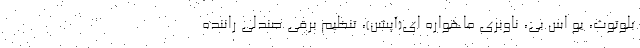
بلوتوث، یو اس بی، ناوبری ماهواره ای(آپشن)، تنظیم برقی صندلی راننده